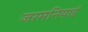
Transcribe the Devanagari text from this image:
जरमनियाई